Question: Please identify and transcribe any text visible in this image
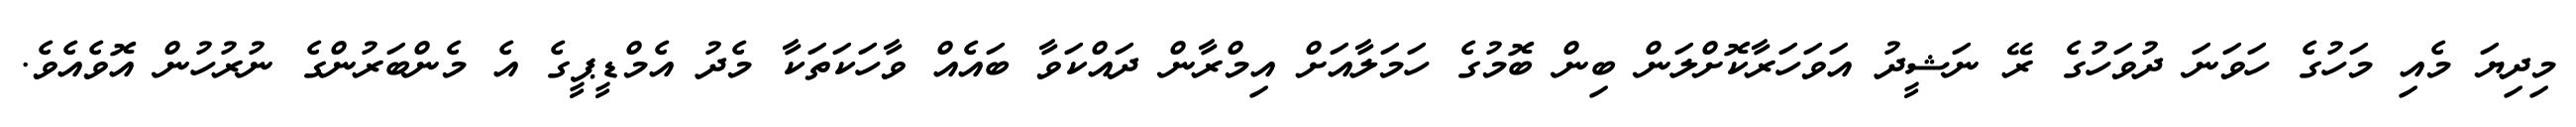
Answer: މިދިޔަ މެއި މަހުގެ ހަވަނަ ދުވަހުގެ ރޭ ނަޝީދު އަވަހަރާކޮށްލަން ބިން ބޮމުގެ ހަމަލާއަށް އިމްރާން ދައްކަވާ ބައެއް ވާހަކަތަކާ މެދު އެމްޑީޕީގެ އެ މެންބަރުންގެ ނުރުހުން އޮވެއެވެ.